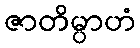
ဇာတိမ္ပာဟံ